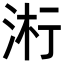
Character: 𬇪